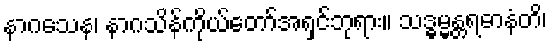
နာဂသေန၊ နာဂသိန်ကိုယ်တော်အရှင်ဘုရား။ သဒ္ဓမ္မန္တရဓာနံတိ၊